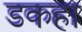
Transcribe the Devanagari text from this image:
डकहा